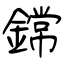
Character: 鏛